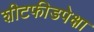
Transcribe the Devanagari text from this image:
शीटफीडपेक्षा